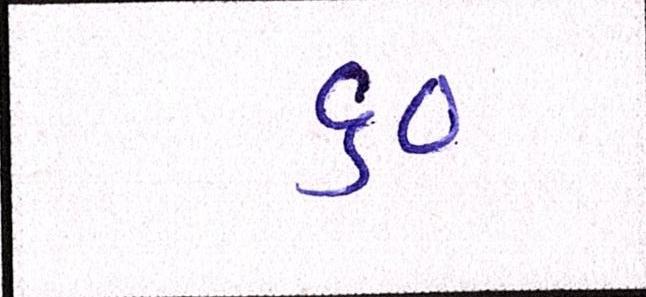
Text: ૬૦